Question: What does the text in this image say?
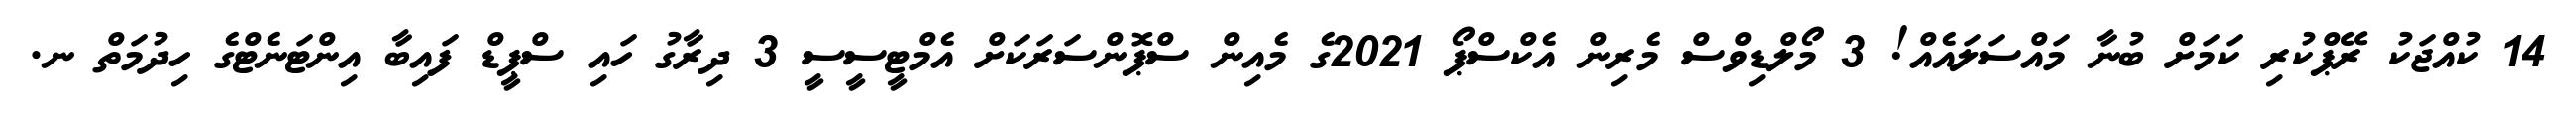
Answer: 14 ކުއްޖަކު ރޭޕްކުރި ކަމަށް ބުނާ މައްސަލައެއް! 3 މޯލްޑިވްސް މެރިން އެކްސްޕޯ 2021ގެ މެއިން ސްޕޮންސަރަކަށް އެމްޓީސީސީ 3 ދިރާގު ހައި ސްޕީޑް ފައިބާ އިންޓަނެޓްގެ ހިދުމަތް ނ.